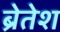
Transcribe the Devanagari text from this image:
ब्रेतेश